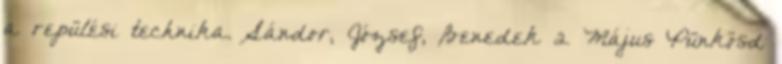
a repülési technika. Sándor, József, Benedek 2 Május Pünkösd